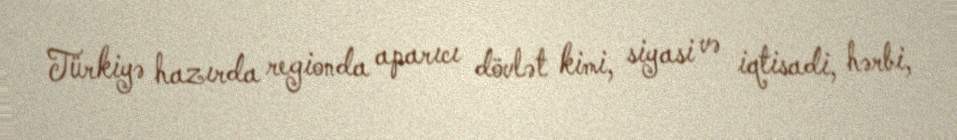
Türkiyə hazırda regionda aparıcı dövlət kimi, siyasi və iqtisadi, hərbi,